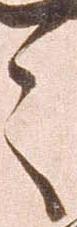
之